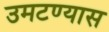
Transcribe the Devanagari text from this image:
उमटण्यास